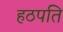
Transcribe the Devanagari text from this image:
हठपति